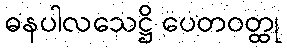
ဓနပါလသေဋ္ဌိ ပေတဝတ္ထု